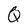
Character: Q